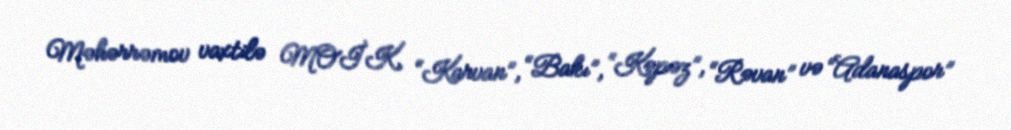
Məhərrəmov vaxtilə MOİK, “Karvan”, “Bakı”, “Kəpəz”, “Rəvan” və “Adanaspor”